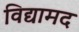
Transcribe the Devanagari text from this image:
विद्यामद